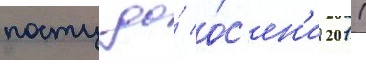
посту до́ о́с'ен'и 2011